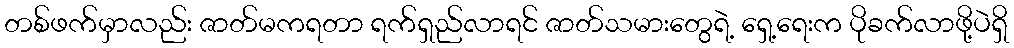
တစ်ဖက်မှာလည်း ဇာတ်မကရတာ ရက်ရှည်လာရင် ဇာတ်သမားတွေရဲ့ ရှေ့ရေးက ပိုခက်လာဖို့ပဲရှိ